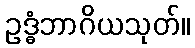
ဥဒ္ဓံဘာဂိယသုတ်။